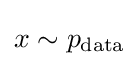
x\sim p_{\text{data}}